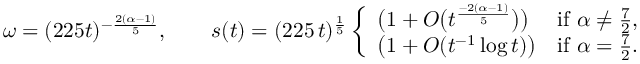
\omega = ( 2 2 5 t ) ^ { - \frac { 2 ( \alpha - 1 ) } { 5 } } , \qquad s ( t ) = ( 2 2 5 \, t ) ^ { \frac 1 5 } \left\{ \begin{array} { l l } { \big ( 1 + O \big ( t ^ { \frac { - 2 ( \alpha - 1 ) } { 5 } } \big ) \big ) } & { \mathrm { i f ~ } \alpha \ne \frac 7 2 , } \\ { \big ( 1 + O ( t ^ { - 1 } \log t ) \big ) } & { \mathrm { i f ~ } \alpha = \frac 7 2 . } \end{array} \right.